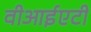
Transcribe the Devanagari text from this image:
वीआईएटी